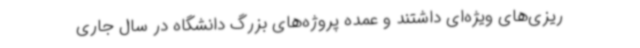
ریزی‌های ویژه‌ای داشتند و عمده پروژه‌های بزرگ دانشگاه در سال جاری